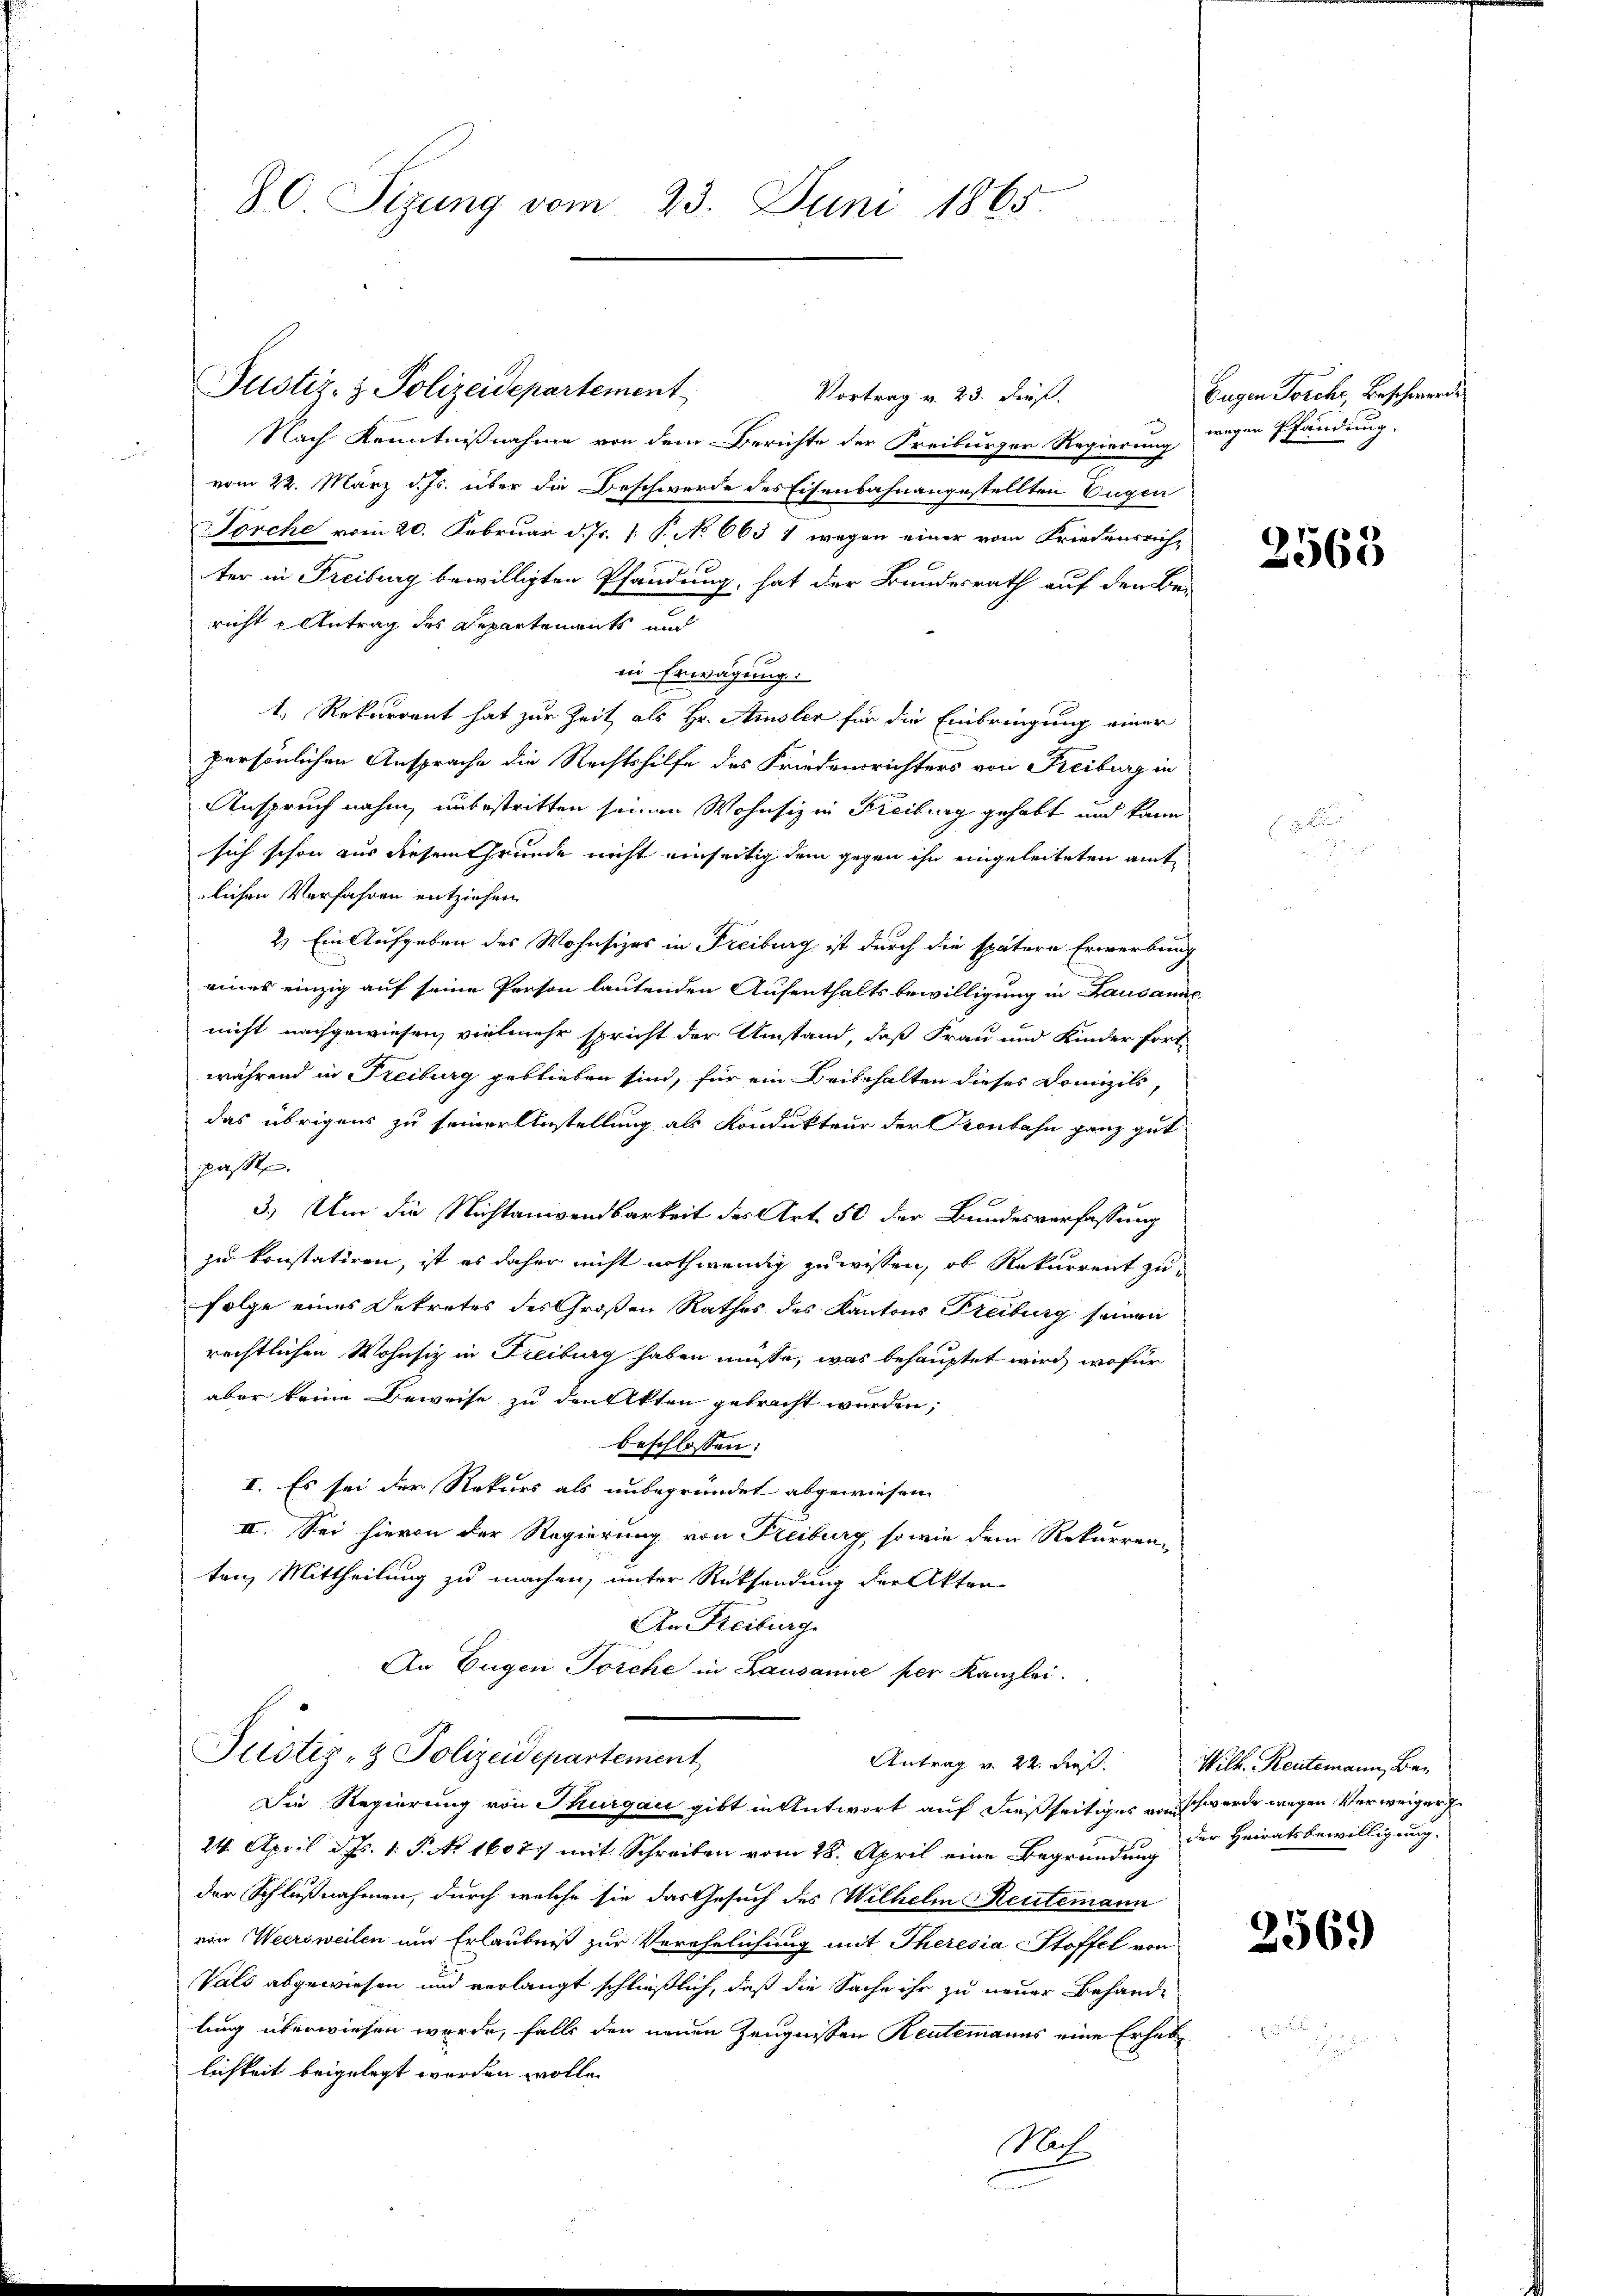
d

86 Sizung vom 23. Juni 1865.

Justiz- & Polizeidepartement

Vortrag v. 23. dieß.
Nach Kenntnißnahme von dem Berichte der Freiburger Regierung wegen Pfändung.
vom 22. März d. Js. über die Beschwerde des Eisenbahnangestellten Eugen
Torche vom 20. Februar d. Js. 1. P. No 663 1 wegen einer vom Friedensrichter in Freiburg bewilligten Pfandung, hat der Bundesrath auf den Be-
richt u Antrag des Departements und
in Erwägung.
1, Rekurrent hat zur Zeit als Hr. Amsler für die Einbringung einer
persönlichen Ansprache die Rechtshilfe des Friedensrichters von Freiburg in
Anspruch nahm, unbestritten seinen Wohnsiz in Freiburg gehabt und kann
sich schon aus diesem Grunde nicht einseitig dem gegen ihn eingeleiteten amtlichen Verfahren entziehen.
2.) Ein Aufgaben des Wohnsizes in Freiburg, ist durch die spätere Erwerbung
eines einzig auf seine Person lautenden Aufenthaltsbewilligung in Lausanne
nicht nachgewiesen, vielmehr spricht der Umstand, daß Frau und Kinder fort
während in Treiburg geblieben sind, für ein Beibehalten dieses Domizils,
das übrigens zu seiner Anstellung als Kondukteur der Konbahn ganz gut
passen.
3.) Um die Nichtanwendbarkeit des Art. 50 der Bundesverfassung
zu konstatiren, ist es daher nicht nothwendig zu wissen, ob Rekurrent zu
Folge eines Dekretes des Großen Rathes des Kantons Freiburg seinen
rechtlichen Wohnsiz in Freiburg haben müsse, was behauptet wird, wofür
aber keine Beweise zu den Akten gebracht werden;
beschlossen:
I. Es sei der Rekurs als unbegründet abgewiesen
III. Sei hievon der Regierung von Freiburg, sowie dem Rekurrenz
ten, Mittheilung zu machen, unter Rücksendung der Akten-
An Freiburg.
An Eugen Torche in Lausanne per Kanzlei.
Justiz- & Polizeidepartement
Antrag v. 22. dieß. Wilh. Rentemann, Bar
Die Regierung von Thurgau gibt in Antwort auf dießseitiges von schwerde wegen Verweiger
24. April d. Js. 1. P. Nr. 1607. mit Schreiben vom 28. April eine Begründung
der Schlußnahmen, durch welche sie das Gesuch des Wilhelm Rentemann
von Weersweilen um Erlaubniß zur Verehelichung mit Theresia Stoffel von
Vals abgewiesen und verlangt schließlich, daß die Sache ihr zu neuer Behande
lung überwiesen wurde, falls den neuen Zeugnissen Rentemanns eine Erhabe
lichkeit beigelegt worden wolle.
Nach

Eugen Forchs Beschwerde

2568

der Heiratsbewilligung.

2569